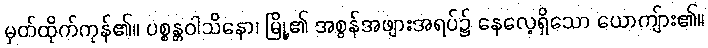
မှတ်ထိုက်ကုန်၏။ ပစ္စန္တဝါသိနော၊ မြို့၏ အစွန်အဖျားအရပ်၌ နေလေ့ရှိသော ယောကျ်ား၏။